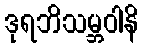
ဒုရဘိသမ္ဘဝါနိ